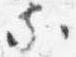
家